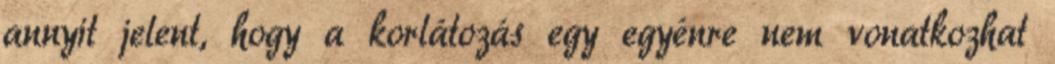
annyit jelent, hogy a korlátozás egy egyénre nem vonatkozhat